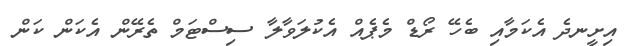
އިށީނދެ އެކަމާއި ބެހޭ ރޯޑް މެޕެއް އެކުލަވާލާ ސިސްޓަމް ތެރޭން އެކަން ކަން